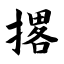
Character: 撂